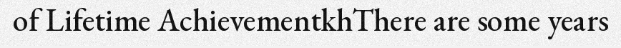
of Lifetime AchievementkhThere are some years